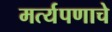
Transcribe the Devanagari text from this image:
मर्त्यपणाचे